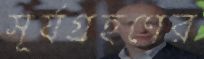
সূর্যগ্রহণের